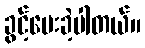
ခွင့်ပေးခဲ့ပါတယ်။